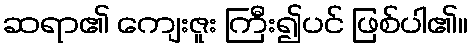
ဆရာ၏ ကျေးဇူး ကြီး၍ပင် ဖြစ်ပါ၏။